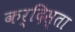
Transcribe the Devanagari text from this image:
कर्दिस्ता